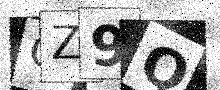
Text: GZ9Q